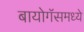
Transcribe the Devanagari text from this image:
बायोगॅसमध्ये